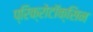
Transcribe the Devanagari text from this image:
प्रिक्रोटॉक्सिन